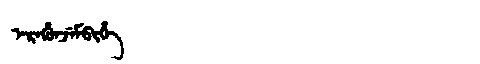
Manchu: ᡝᡵᡝᡥᡠᠨᠵᡝᠮᠪᡳᡥᡝ
Romanization: EREHUNJEMBIHE